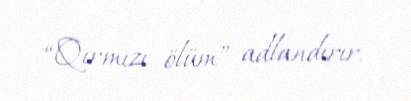
“Qırmızı ölüm” adlandırır.